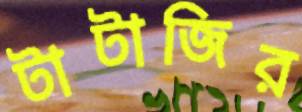
টাটাজির